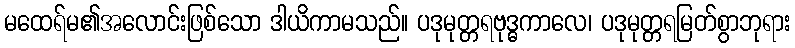
မထေရ်မ၏အလောင်းဖြစ်သော ဒါယိကာမသည်။ ပဒုမုတ္တရဗုဒ္ဓကာလေ၊ ပဒုမုတ္တရမြတ်စွာဘုရား